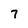
Character: 7